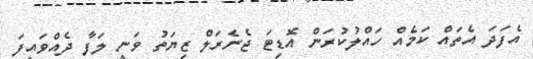
އެފަދަ އެތައް ކަމެއް ހައްލުކުރަން އޮޑިޓަ ޖެނެރަލް ޒިޔަތު ވަނީ ލަފާ ދެއްވައިފަ